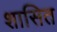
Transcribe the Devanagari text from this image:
शासित